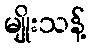
မျိုးသန့်